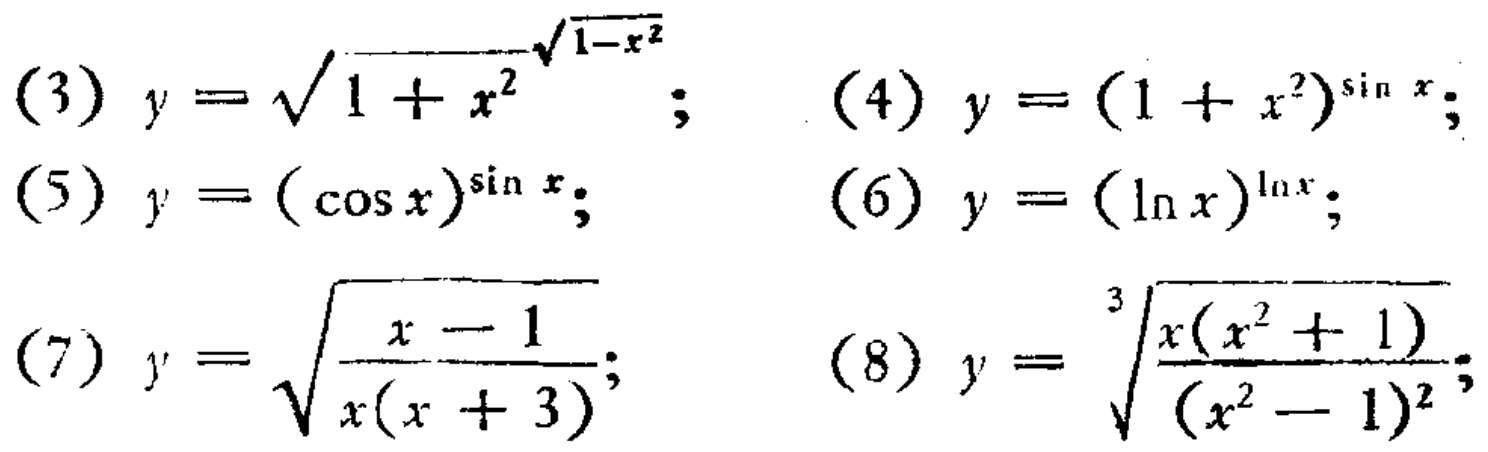
(3) \(y = \sqrt{1 + x^{2}}^{\sqrt{1 - x^{2}}}\); (4) \(y=(1 + x^{2})^{\sin x}\);
(5) \(y = (\cos x)^{\sin x}\); (6) \(y = (\ln x)^{\ln x}\);
(7) \(y=\sqrt{\frac{x - 1}{x(x + 3)}}\); (8) \(y=\sqrt[3]{\frac{x(x^{2}+1)}{(x^{2}-1)^{2}}}\)